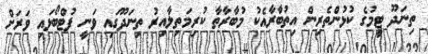
ތިނަދޫ ޓީމުގެ ކުޅުންތެރިން އިތުބާރާއެކު މުބާރާތާ ކުރިމަތިލާއިރު ތިނަދޫގައި ވަނީ ފުޓްބޯޅައި ވަރަށް